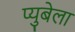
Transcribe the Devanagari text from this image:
प्युबेला